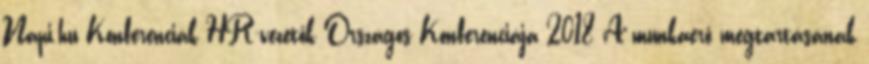
Napi.hu Konferenciák HR-vezetők Országos Konferenciája 2018 A munkaerő megtartásának